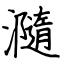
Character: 瀡